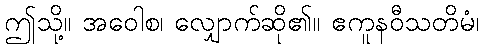
ဤသို့။ အဝေါစ၊ လျှောက်ဆို၏။ ဧကူနဝီသတိမံ၊